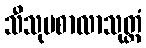
သီသုပစာလာသုတ္တံ